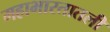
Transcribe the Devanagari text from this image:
महाभारतातली